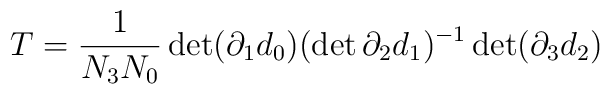
T=\frac{1}{N_3 N_0}\det(\partial_1 d_0) ( \det \partial_2 d_1)^{-1} \det(\partial_3 d_2)